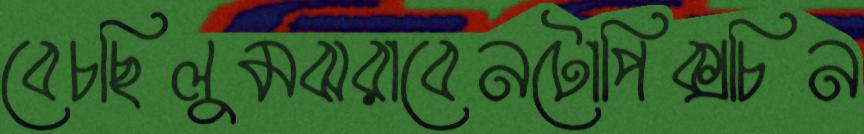
বেচছিলুমঝরাবেনটোপিক্সচিন